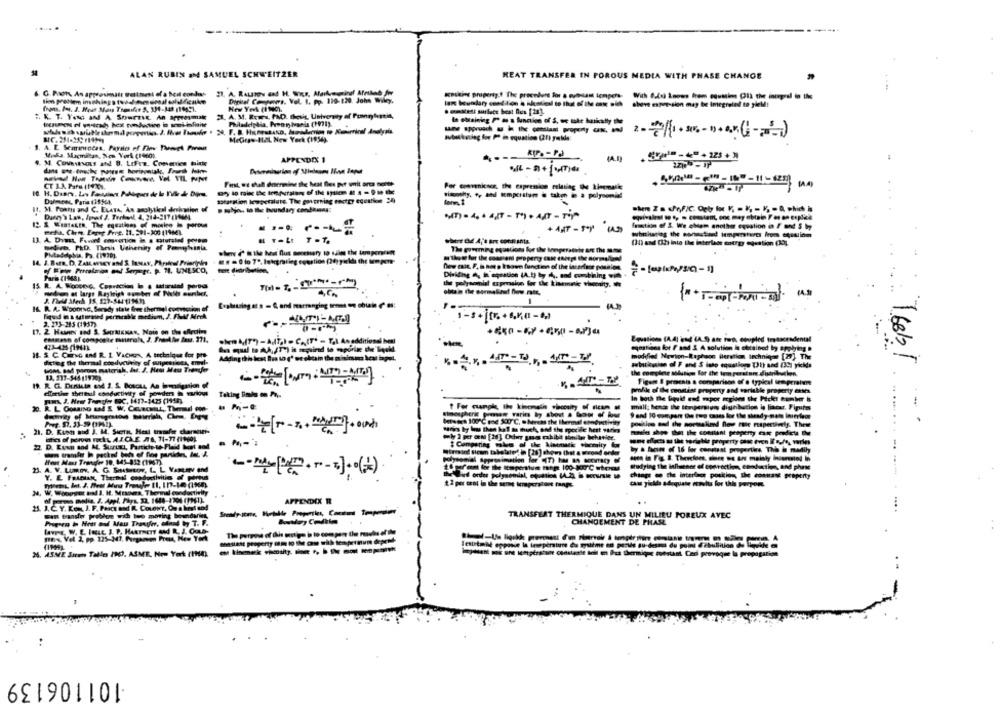
ALAN RUBIN &M SAMUEL SCHWEITZER
HEAT TRANSFER IN POROUS MEDIA WITH PHASE CHANGE
G. Paon An approximate gulttest of a boil condas
23. A. RALSTON and H. W'is, Alarkreatinof Afrikab for
Digital Conpers. Vel. 1, pp. 110-120. John Wiley.
Knutin property." The procedere for a even tempera-
sheve expression may be imegrated to gieM!
2. A. M. Rewew. PAD. thevit, University of Franny 4mel4,
In obtaining Pas a function of S, or uke buiody the
MeGras-11.2L New York (1954).
Muka. Macmillan, New York (1960).
4. M. Covavecs and B. LeFre. Conenvies mixte
APPENDIX 1
First we shall dnermine the heat fles per unit arca month
For convenience, the capremion relating the kinemaile
starption temperature. The governing sectgy equation 24
sinonshy, , ahl temperatur @ taken @ a polynomial
It. M. Posts and C. ELATA, An arolytkcal deription of
12 S Wumasta. The egsations of moskee lo poross
function of S. We chiem another equation in F and $ by
whatharlag the ponautand temperatures from equation
U. A. Dimt, Faved enovertion in s catursted povem
(10) and (h into the interlace energy egestion (AO),
Medien, PRD. Thesis Ushenity of Ponyhinta
now est, F. h.nomp kaown function of the incerisor posales
Farb (1968).
I. R. A. Woonrc, Serady state free thermal comvictim of
A
---------
thomash of composite materials,
shen 4(T*) -AT,) = C.(T* - T,I. An additional hel
Equations (A. 4) ind (A.S are two, coupled trascendental
equation for / sod 3 A solution Is obtained by applying
IL & C. CHENG and R. L. VaCHON, A technique for pro
Adding th lest Bes to (' et skem the misinto kost ipet.
modified Newton-Raphaon ileretion technique [28] The
diefleg the thermal conductivity of suspensions, emel-
7.68b!
19. R. G. Derdeta asd 3. S. Botola, An boommitigation of
Figur & pracais a comparison of o typical temperaivme
effective thermal conductivity of powers in wariow
profile of the seastést property and variable property entes
In both the liquid end mpor gions the Picks cumber &
R. L. Conaiso &d S.
mill; boa the tenpension dishbecios i, liacar. Pipitas
mospheric pausen varirs by about a bon of boer
9 and 10 compare the top cases for the steady name inierlegt
.......
HENses 100"℃ e XX"℃, okuras the thermal conductivity
fris by lu then kal m nuch, and the specific hest suring
pochien sed de nortekind flow rate respectively. Thete
21. D. Kush and J. M. Sierra, Heat transfer charmeier-
$ Comparing sium of the Ainunatic chemity for
Wirsind ficam tabelated in [28] ahgens (het a mivond onde
2. A. V. LUmov. A. G. Soutucow, L. L Vasav end
Studying the Influence of concoction conduction, and phase
------ ]. . (2)
dvd order polye
cass yield adequate results for this perpor
3, W, Wooopot and ]. I. Meses, Thermal conductivity
APPENDIX R
25. J.C. Y. Kom, J. F. Praca and R. CoLewy, Ou a best and
Fant transiw problems with tuo moring boundaries
TRANSFERT THERMIQUE DANS UN MILIEU POREUX AVEC
CHANGEMENT DE PHASE
mex Vel. 2, pp. 225-347. Purganem Prett, New York
M. ASME Sum Tallo INO. ASME. Nom Yurt (110).
-101106139